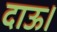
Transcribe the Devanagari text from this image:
दाऊ।